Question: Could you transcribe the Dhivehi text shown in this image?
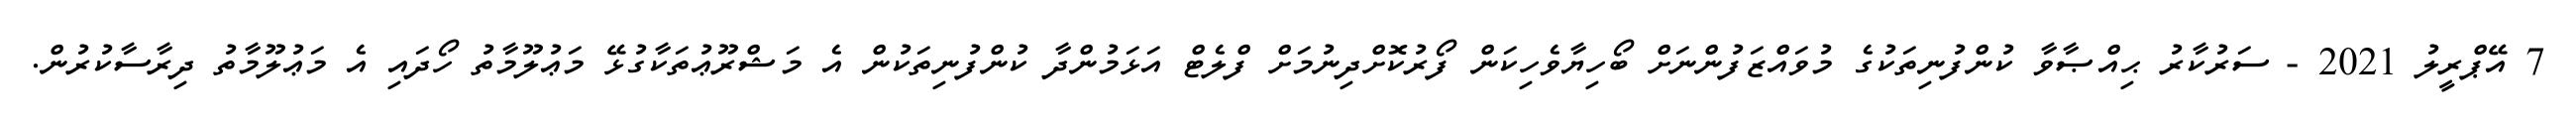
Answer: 7 އޭޕްރީލު 2021 - ސަރުކާރު ޙިއްޞާވާ ކުންފުނިތަކުގެ މުވައްޒަފުންނަށް ބޯހިޔާވެހިކަން ފޯރުކޮށްދިނުމަށް ފްލެޓް އަޅަމުންދާ ކުންފުނިތަކުން އެ މަޝްރޫޢުތަކާގުޅޭ މަޢުލޫމާތު ހޯދައި އެ މަޢުލޫމާތު ދިރާސާކުރުން.